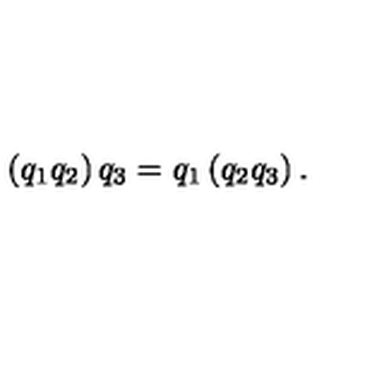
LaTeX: \left( q _ { 1 } q _ { 2 } \right) q _ { 3 } = q _ { 1 } \left( q _ { 2 } q _ { 3 } \right) .